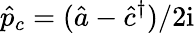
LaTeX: \hat{p}_{c}=(\hat{a}-\hat{c}^{\dagger})/2\mathrm{i}